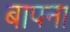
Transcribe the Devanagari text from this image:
बापना